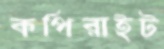
কপিরাইট